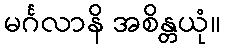
မင်္ဂလာနိ အစိန္တယုံ။